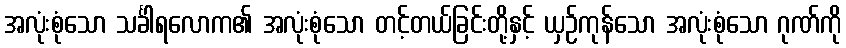
အလုံးစုံသော သင်္ခါရလောက၏ အလုံးစုံသော တင့်တယ်ခြင်းတို့နှင့် ယှဉ်ကုန်သော အလုံးစုံသော ဂုဏ်ကို